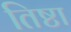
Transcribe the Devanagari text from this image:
तिष्टा